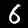
Label: 6